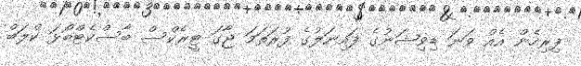
ފިރިހެން އެއް ވަނަ ޑިވިޝަނުގެ ފައިނަލުގެ ފުރަތަމަ ޖާގަ ޓީރެކްސް ބާސްކެޓްބޯޅަ ކްލަބް